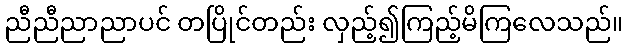
ညီညီညာညာပင် တပြိုင်တည်း လှည့်၍ကြည့်မိကြလေသည်။